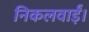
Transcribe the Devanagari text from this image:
निकलवाईं।